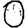
Digit: 0